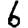
Digit: 6